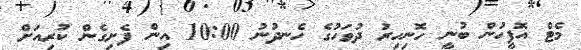
މެޓް އޮފީހުން ބުނީ ހޮނިހިރު ދުވަހުގެ ހެނދުނު 10:00 އިން ފެށިގެން ކުރިއަށް